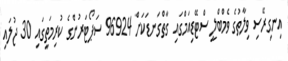
އިނގިރޭސި ވިލާތުގެ ވެމްބްލީ ސްޓޭޑިއަމްގައި ގާތްގަނޑަކަށް 96924 ސަޕޯޓަރުންގެ ކުރިމަތީގައި 30 ޖުލައި